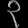
Digit: ၃